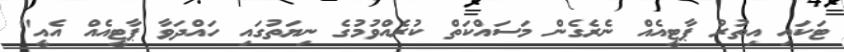
ޓަކައި އިތުރު ޕާޓީއެއް ނެރެގެން މަސައްކަތް ކުރެއްވުމުގެ ނިޔަތުގައި ހައްދަވާ ޕާޓީއެއް އެއީ"